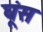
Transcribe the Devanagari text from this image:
घूंस